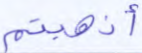
أذهبتم